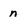
Character: n